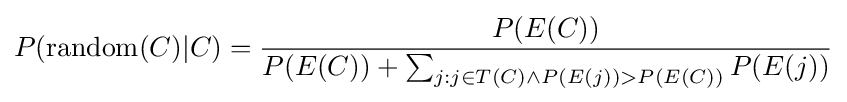
P({\text{random}}(C)|C)={\frac {P(E(C))}{P(E(C))+\sum _{j:j\in T(C)\land P(E(j))>P(E(C))}P(E(j))}}